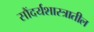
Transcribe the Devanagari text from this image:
सौंदर्यशास्त्रातील